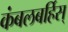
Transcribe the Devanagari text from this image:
कंबलबर्हिस्